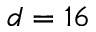
d = 1 6